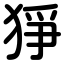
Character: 猙